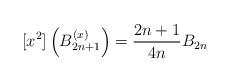
LaTeX: \begin{align*}\lbrack x^{2}]\left( B_{2n+1}^{(x)}\right) =\frac{2n+1}{4n}B_{2n}\end{align*}